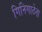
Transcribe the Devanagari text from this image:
गिनिगाठेना